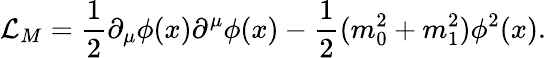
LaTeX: {\cal L}_{M}=\frac{1}{2}\partial_{\mu}\phi(x)\partial^{\mu}\phi(x)-\frac{1}{2}(m_{0}^{2}+m_{1}^{2})\phi^{2}(x).